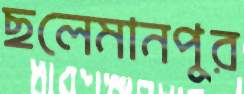
ছলেমানপুর